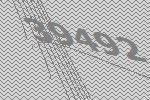
39492